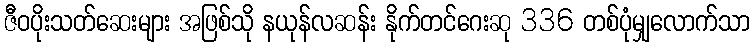
ဇီဝပိုးသတ်ဆေးများ အဖြစ်သို နယုန်လဆန်း နိုက်တင်ဂေးဆု 336 တစ်ပုံမျှလောက်သာ